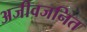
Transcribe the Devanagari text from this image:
अजीवजनित